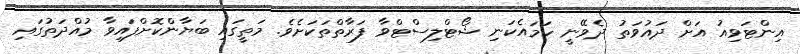
އިންޓަވިއު އަށް ދައުވަތު ދެވޭނީ ހަމައެކަނި ޝޯޓްލިސްޓްވާ ފަރާތްތަކަށެވެ. މަތީގައި ބަޔާންކޮށްފައިވާ މުއްދަތުގައި